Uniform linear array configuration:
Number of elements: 16
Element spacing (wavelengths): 0.25
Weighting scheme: hamming
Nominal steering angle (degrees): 45
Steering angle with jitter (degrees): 44.221
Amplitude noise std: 0.05
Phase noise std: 0.05

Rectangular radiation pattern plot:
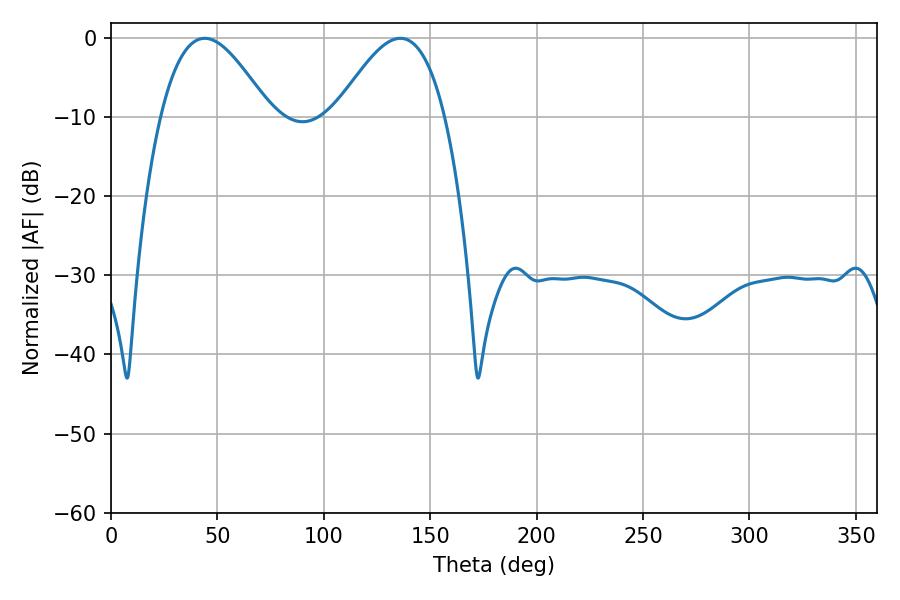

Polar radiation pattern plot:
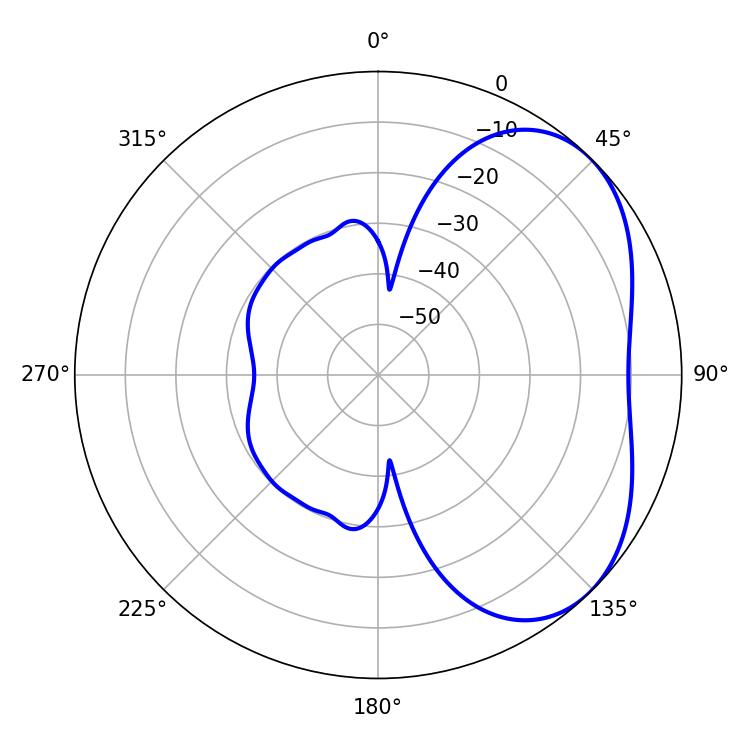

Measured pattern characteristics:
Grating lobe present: FALSE
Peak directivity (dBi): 4.012
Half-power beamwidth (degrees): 27.72
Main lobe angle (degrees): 44.1